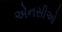
એનસીઓ